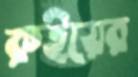
রুইয়ের